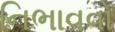
નિભાવવો